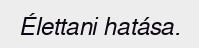
Élettani hatása.